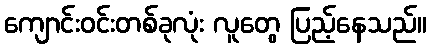
ကျောင်းဝင်းတစ်ခုလုံး လူတွေ ပြည့်နေသည်။